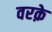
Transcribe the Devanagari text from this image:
वरक़े